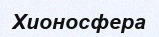
Хионосфера